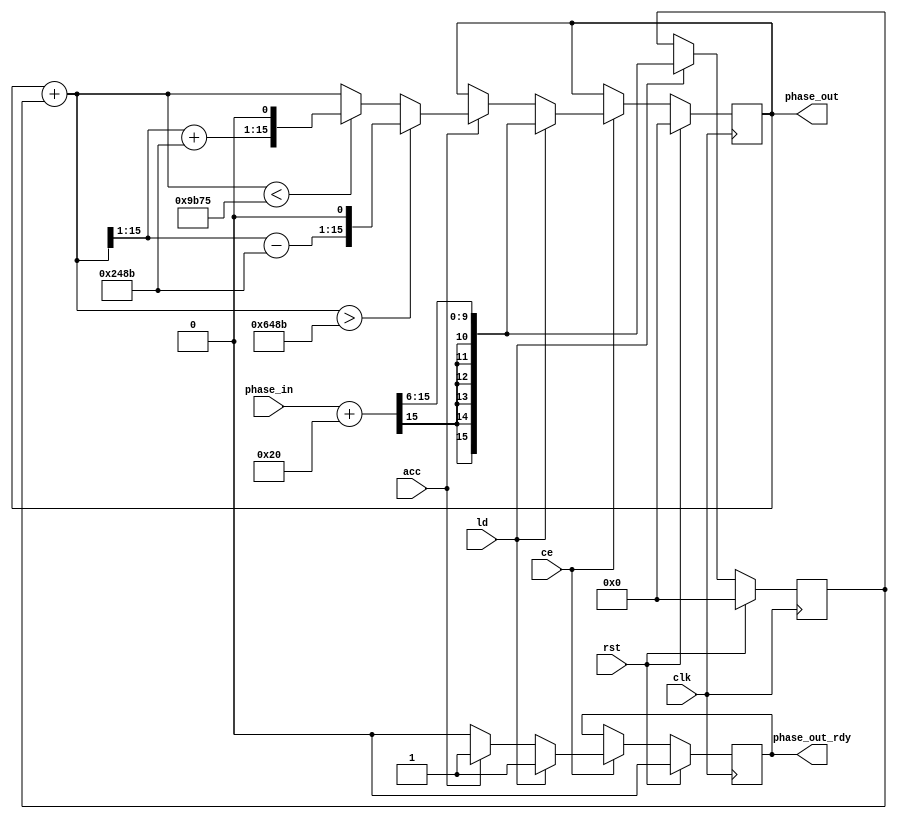
`timescale 1ns / 1ps
//////////////////////////////////////////////////////////////////////////////////
// Company: 
// Engineer: 
// 
// Design Name: 
// Module Name:    FreComp_PhaseRotAcc 
// Project Name: 
// Target Devices: 
// Tool versions: 
// Description: 
//
// Dependencies: 
//
// Revision: 
// Revision 0.01 - File Created
// Additional Comments: 
//
//////////////////////////////////////////////////////////////////////////////////
module Phase_Acc(
    input clk,
    input rst,
	 input ld,
    input acc,
	 input ce,
    input [15:0] phase_in,
    output [15:0] phase_out,
    output reg phase_out_rdy
    );
parameter L 			= 6;  			//log2(64)
parameter Pi 			= 16'h648B;	//pi in 3Q16 (format 3.13)
parameter ifre_off	= 16'h0FB5;	   //pre integer frequency offset in 3Q16 (format 3.13) = -2*pi*n_off / NFFT; 
												//n_off is chosen -20 to limit integer frequency offset smaller than 18 normalized frequency offset
reg signed [15:0] phase_in_lat;
reg signed [15:0] phase_rot;

wire signed [15:0] phase_rot_acc  = phase_rot + phase_in_lat;
wire signed [15:0] phase_rot_adj1 = ($signed(phase_rot_acc >>> 1) - $signed(Pi)) <<1;
wire signed [15:0] phase_rot_adj2 = ($signed(phase_rot_acc >>> 1) + $signed(Pi)) <<1;
wire acc_gt_pi = ($signed(phase_rot_acc) > $signed(Pi));
wire acc_lt_pi = ($signed(phase_rot_acc) < $signed(-Pi));

wire [15:0] phase_in_rd = phase_in + {1'b1, {L-1{1'b0}}};		// rounding -1 -> 0 when shift L bits

always @(posedge clk)
begin
	if(rst)				phase_in_lat <= 16'd0; 
	else if (ld) 		phase_in_lat <= $signed(phase_in_rd) >>> L;		
end

always @(posedge clk)
begin
	if(rst)	begin
			phase_rot 		<= 16'd0; 
			phase_out_rdy  <= 1'b0;
			end
	else if (ce) begin
		if (ld)		begin
			phase_rot 		<= $signed(phase_in_rd) >>> L; 		
			phase_out_rdy  <= 1'b1;			
			end
		else if (acc) begin
			if 		(acc_gt_pi) 	phase_rot <= phase_rot_adj1; 
			else if 	(acc_lt_pi) 	phase_rot <= phase_rot_adj2; 
			else							phase_rot <= phase_rot_acc;	
			phase_out_rdy  <= 1'b1;			
			end
		else 	phase_out_rdy  <= 1'b0;
	end
end

assign phase_out = phase_rot;

endmodule